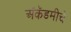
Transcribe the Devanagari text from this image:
अॅकॅडमीचे